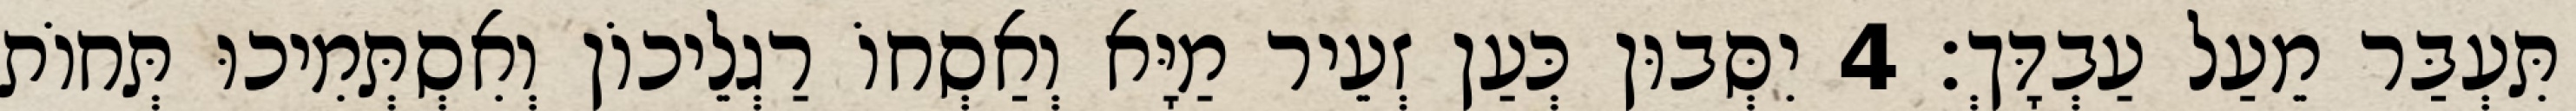
תִּעְבַּר מֵעַל עַבְדָּךְ׃ 4 יִסְּבוּן כְּעַן זְעֵיר מַיָּא וְאַסְחוֹ רַגְלֵיכוֹן וְאִסְתְּמִיכוּ תְּחוֹת